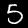
Digit: 5